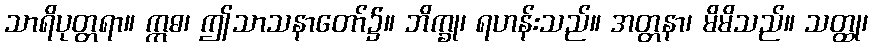
သာရိပုတ္တရာ။ ဣဓ၊ ဤသာသနာတော်၌။ ဘိက္ခု၊ ရဟန်းသည်။ အတ္တနာ၊ မိမိသည်။ သတ္ထု၊